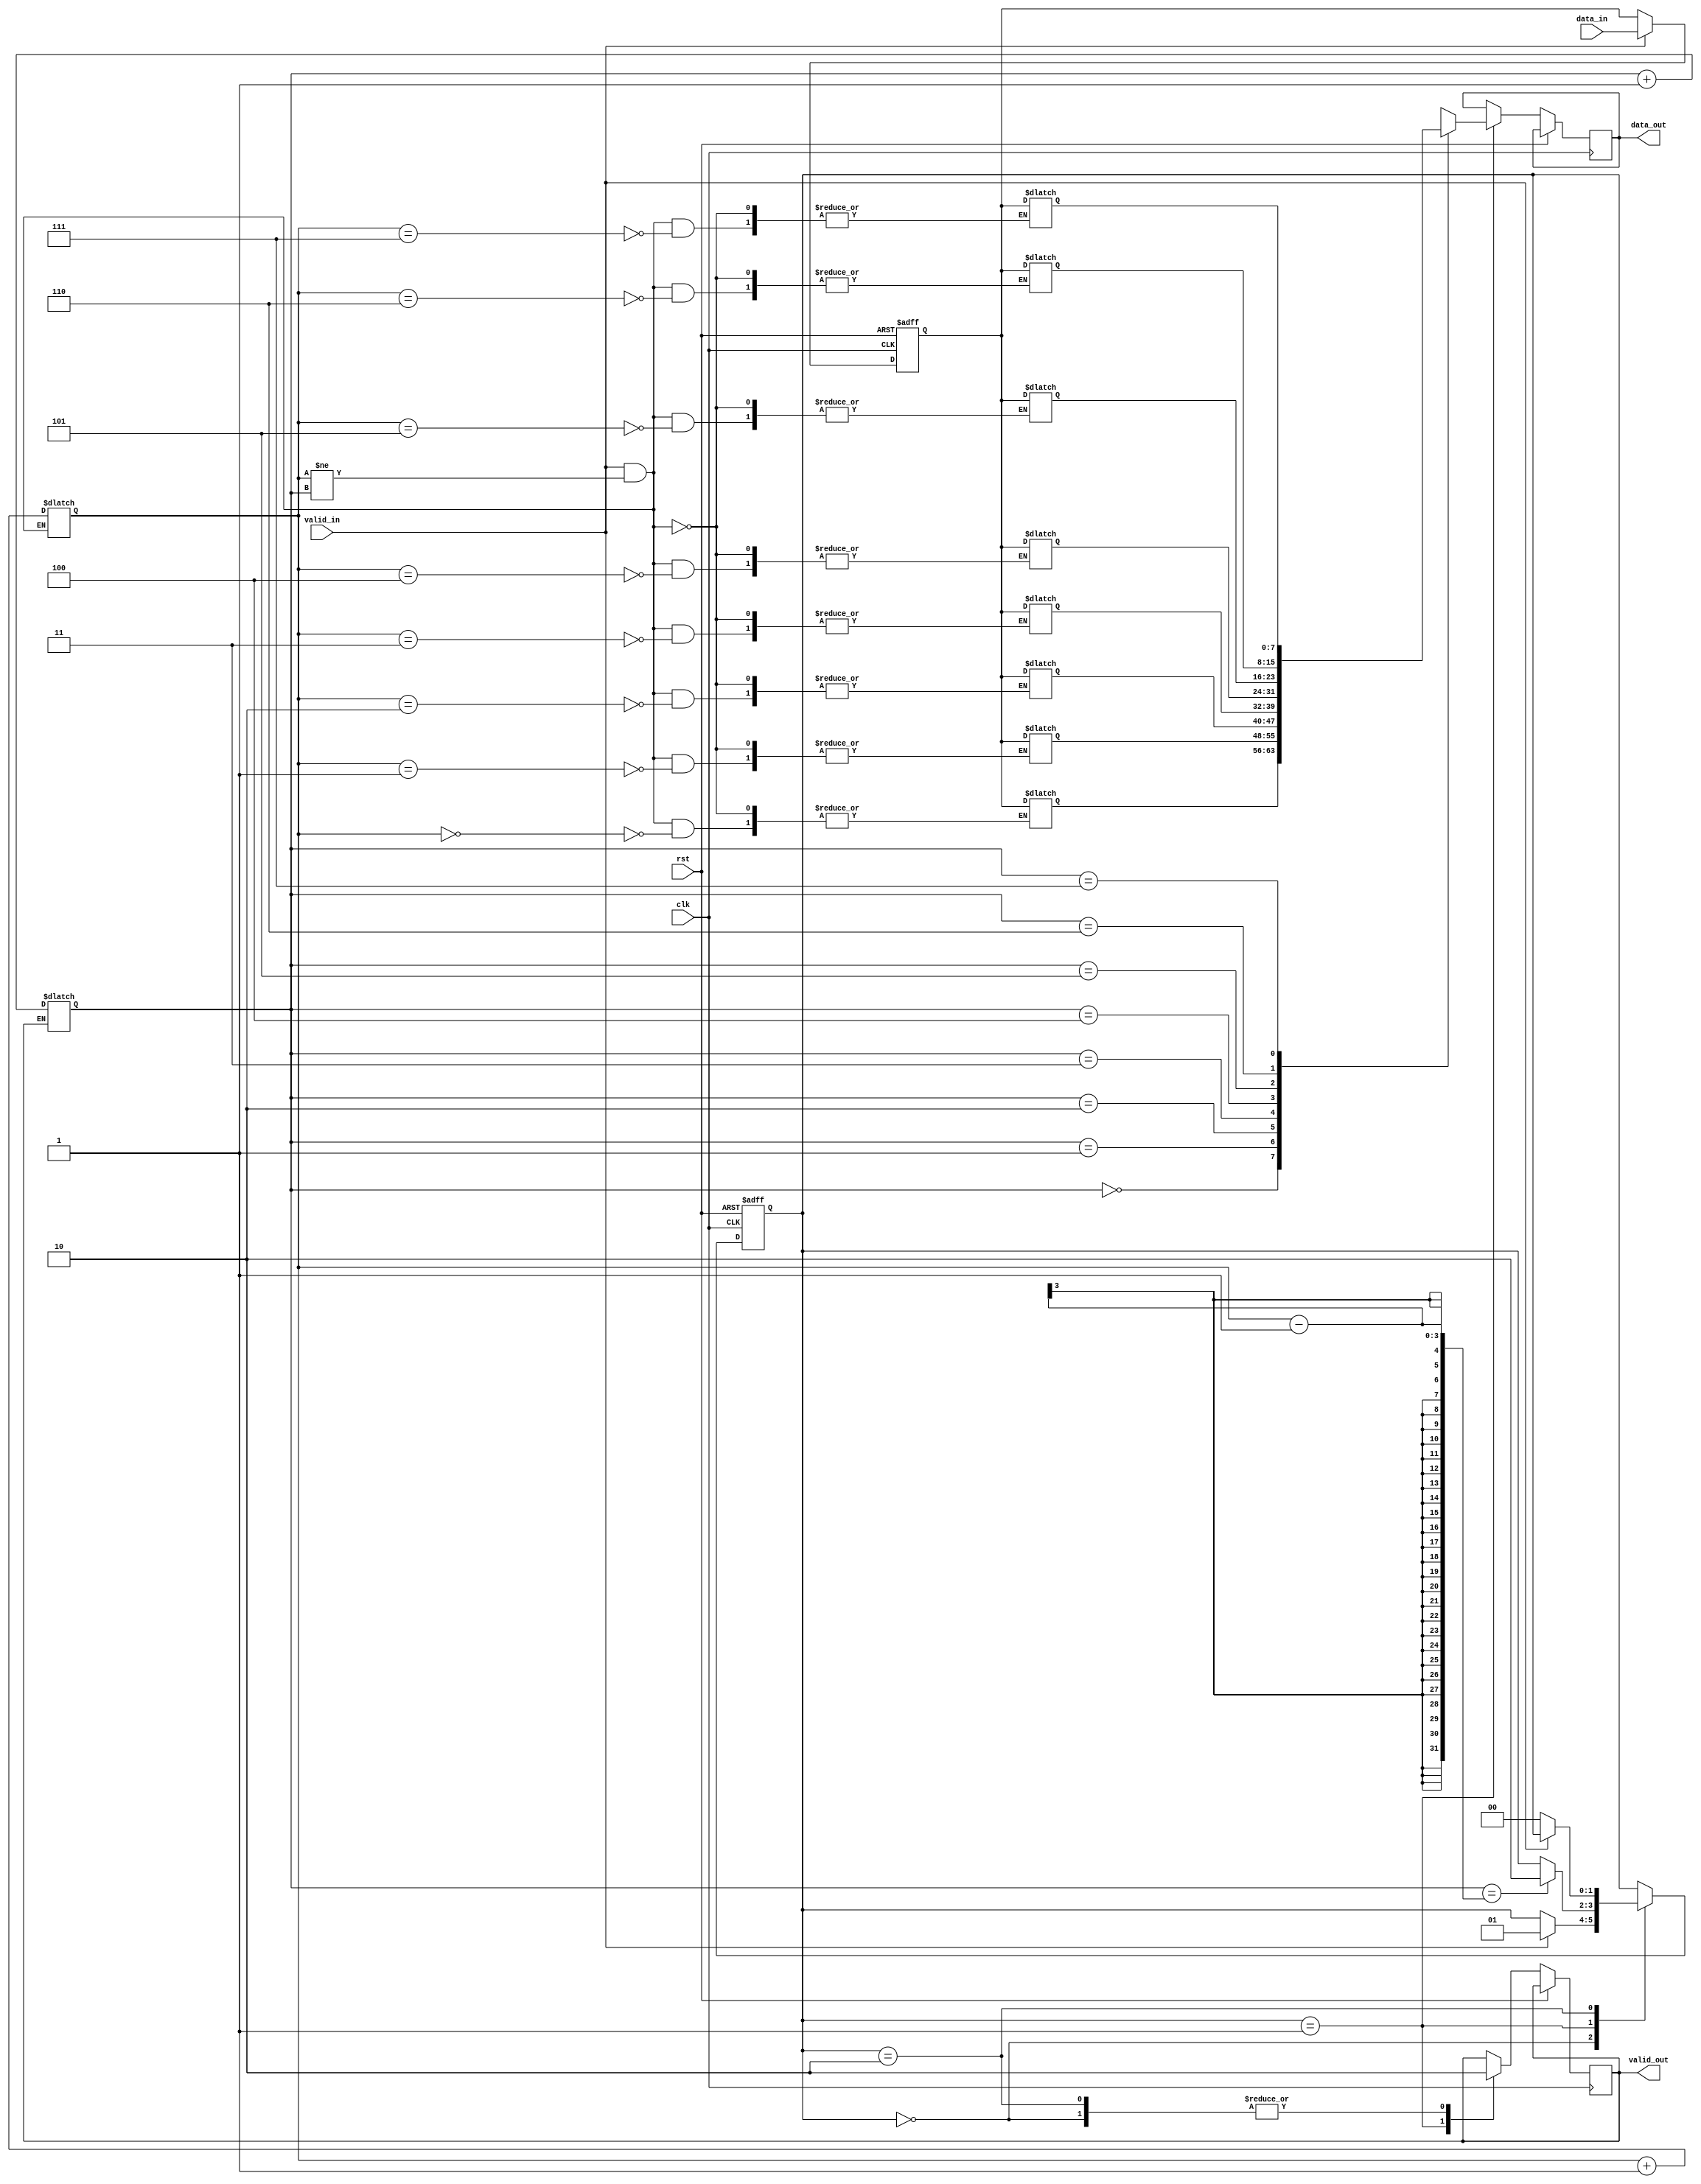
module burst_synchronizer (
    input clk,
    input rst,
    input [DATA_WIDTH-1:0] data_in,
    input valid_in,
    output reg [DATA_WIDTH-1:0] data_out,
    output reg valid_out
);

parameter DATA_WIDTH = 8;
parameter ADDR_WIDTH = 3;

// Clock Domain Crossing Logic
reg [DATA_WIDTH-1:0] data_sync;
always @(posedge clk, posedge rst) begin
    if (rst) begin
        data_sync <= 0;
    end else begin
        data_sync <= valid_in ? data_in : data_sync;
    end
end

// FIFO Buffer (optional)
reg [DATA_WIDTH-1:0] fifo [0:(1<<ADDR_WIDTH)-1];
reg [ADDR_WIDTH-1:0] wr_addr, rd_addr;
always @(*) begin
    if (valid_in && (wr_addr != rd_addr)) begin
        fifo[wr_addr] <= data_sync;
        wr_addr <= wr_addr + 1;
    end
    if (valid_out) begin
        rd_addr <= rd_addr + 1;
    end
end

// Handshaking Signals
reg [1:0] state = 2'b00;
always @(posedge clk, posedge rst) begin
    if (rst) begin
        state <= 2'b00;
    end else begin
        case (state)
            2'b00: begin
                valid_out <= 0;
                if (valid_in) begin
                    state <= 2'b01;
                end
            end
            2'b01: begin
                valid_out <= 1;
                data_out <= fifo[rd_addr];
                if (rd_addr == wr_addr - 1) begin
                    state <= 2'b10;
                end
            end
            2'b10: begin
                valid_out <= 0;
                if (!valid_in) begin
                    state <= 2'b00;
                end
            end
        endcase
    end
end

endmodule